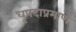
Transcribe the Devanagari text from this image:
धृपदाप्रमाणे